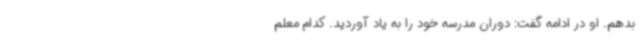
بدهم. او در ادامه گفت: دوران مدرسه خود را به یاد آوردید. کدام معلم